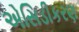
એસિડીકરણ